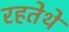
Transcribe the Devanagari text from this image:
रहतेथे